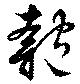
匏